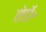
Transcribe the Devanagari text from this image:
तोडॉ॰